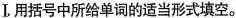
Ⅰ.用括号中所给单词的适当形式填空.